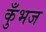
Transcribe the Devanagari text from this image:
कुँभज